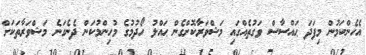
އެހެންކަމުން މިފަދަ ޙައްސާސް ވަގުތެއްގައި މަޝްވަރާކޮށްގެން ޙައްލު ހޯދުމުގެ މުހިންމުކަން ދެނެގަނެ މަޝްވަރާތަކަށް